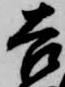
吉